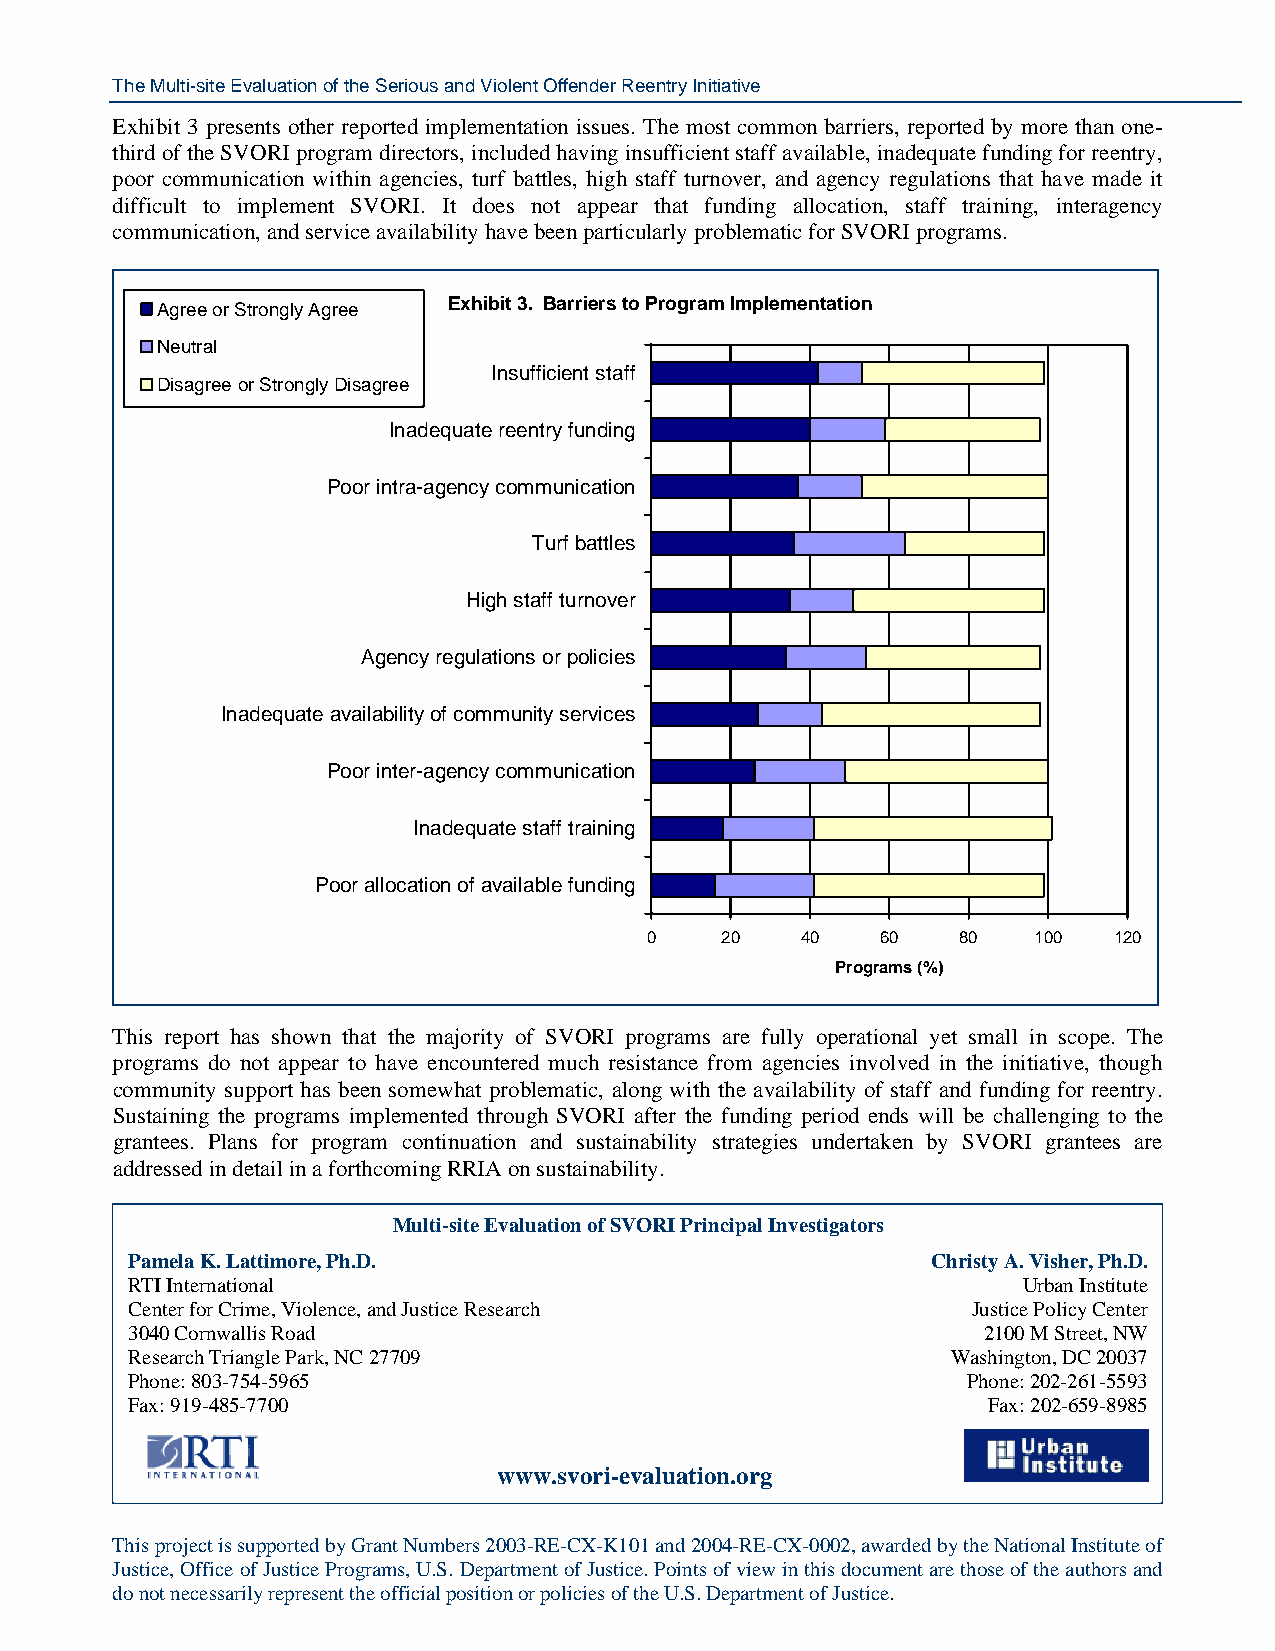
The Multi-site Evaluation of the Serious and Violent Offender Reentry Initiative
 Exhibit 3 presents other reported implementation issues. The most common barriers, reported by more than one-
 third of the SVORI program directors, included having insufficient staff available, inadequate funding for reentry,
 poor communication within agencies, turf battles, high staff turnover, and agency regulations that have made it
 difficult to implement SVORI. It does not appear that funding allocation, staff training, interagency
 communication, and service availability have been particularly problematic for SVORI programs.
 Agree or Strongly Agree Exhibit 3. Barriers to Program Implementation
 Neutral
 Insufficient staff
 Disagree or Strongly Disagree
 Inadequate reentry funding
 Poor intra-agency communication
 Turf battles
 High staff turnover
 Agency regulations or policies
 Inadequate availability of community services
 Poor inter-agency communication
 Inadequate staff training
 Poor allocation of available funding
 0    20   40   60    80  100   120
 Programs (%)
 This report has shown that the majority of SVORI programs are fully operational yet small in scope. The
 programs do not appear to have encountered much resistance from agencies involved in the initiative, though
 community support has been somewhat problematic, along with the availability of staff and funding for reentry.
 Sustaining the programs implemented through SVORI after the funding period ends will be challenging to the
 grantees. Plans for program continuation and sustainability strategies undertaken by SVORI grantees are
 addressed in detail in a forthcoming RRIA on sustainability.
 Multi-site Evaluation of SVORI Principal Investigators
 Pamela K. Lattimore, Ph.D.                            Christy A. Visher, Ph.D.
 RTI International                                           Urban Institute
 Center for Crime, Violence, and Justice Research        Justice Policy Center
 3040 Cornwallis Road                                     2100 M Street, NW
 Research Triangle Park, NC 27709                       Washington, DC 20037
 Phone: 803-754-5965                                     Phone: 202-261-5593
 Fax: 919-485-7700                                        Fax: 202-659-8985
 www.svori-evaluation.org
 This project is supported by Grant Numbers 2003-RE-CX-K101 and 2004-RE-CX-0002, awarded by the National Institute of
 Justice, Office of Justice Programs, U.S. Department of Justice. Points of view in this document are those of the authors and
 do not necessarily represent the official position or policies of the U.S. Department of Justice.